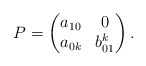
\begin{align*}P = \begin{pmatrix}a_{10} & 0 \\a_{0k} & b_{01}^k\end{pmatrix}.\end{align*}